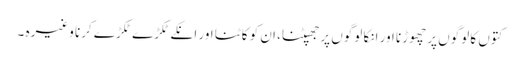
کتوں کا لوگوں پر چھوڑنا اور انکا لوگوں پر جھپٹنا، ان کو کاٹنا اور انکے ٹکڑے ٹکڑے کرنا وغیرہ ۔